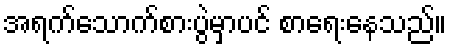
အရက်သောက်စားပွဲမှာပင် စာရေးနေသည်။